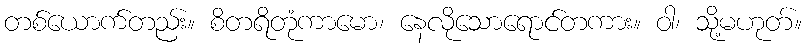
တစ်ယောက်တည်း။ စိတရိတုံကာမော၊ နေလိုသောရောင်တကား။ ဝါ၊ သို့မဟုတ်။